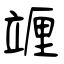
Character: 竰